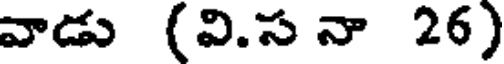
వాడు (వి.స నా 26)